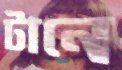
টানে